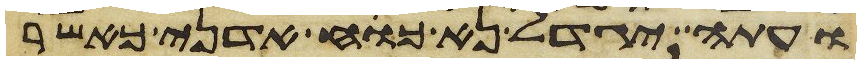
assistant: ועתה יגדל נא כח אדני כאשר